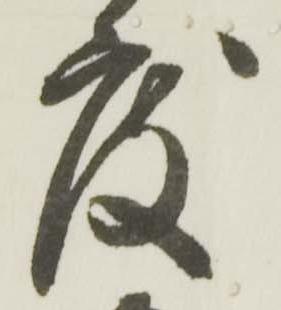
度